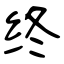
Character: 终